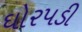
ઘોરપડી